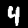
Digit: 4